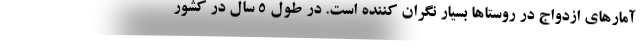
آمارهای ازدواج در روستاها بسیار نگران کننده است. در طول ۵ سال در کشور